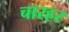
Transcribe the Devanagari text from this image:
चारहर